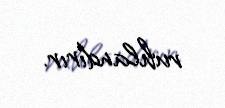
ruhlandırır.